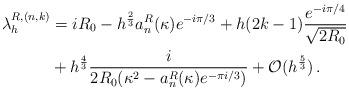
LaTeX: \begin{align*}\lambda_{h}^{R, (n,k)} & = i R_0 - h^{\frac 23} a_n^R(\kappa) e^{-i\pi/3} + h (2k-1) \frac{e^{-i\pi/4}}{\sqrt{2 R_0}} \\& + h^{\frac 43} \frac{i}{2R_0 (\kappa^2 - a_n^R(\kappa) e^{-\pi i/3})} + \mathcal O(h^{\frac 53})\, . \\\end{align*}